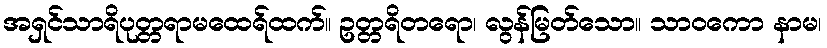
အရှင်သာရိပုတ္တရာမထေရ်ထက်။ ဥတ္တရိတရော၊ လွန်မြတ်သော။ သာဝကော နာမ၊